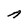
Character: A